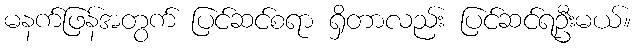
မနက်ဖြန်အတွက် ပြင်ဆင်စရာ ရှိတာလည်း ပြင်ဆင်ရဦးမယ်။